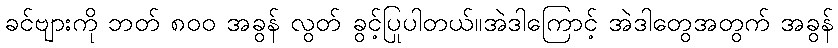
ခင်ဗျားကို ဘတ် ၈၀၀ အခွန် လွတ် ခွင့်ပြုပါတယ်။အဲဒါကြောင့် အဲဒါတွေအတွက် အခွန်